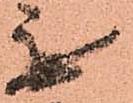
無